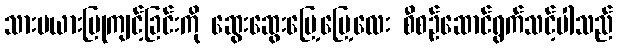
သားမယားပြုကျင့်ခြင်းကို ဆွေးဆွေးမြေ့မြေ့လေး စီစဉ်ဆောင်ရွက်သင့်ပါသည်